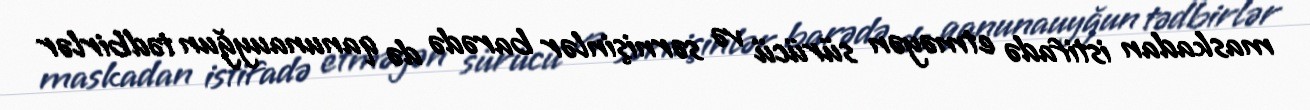
maskadan istifadə etməyən sürücü və sərnişinlər barədə də qanunauyğun tədbirlər